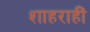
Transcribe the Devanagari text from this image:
शाहराहीं